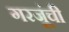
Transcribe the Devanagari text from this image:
गरजूंची